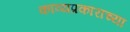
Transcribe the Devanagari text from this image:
काव्यप्रकाराच्या